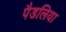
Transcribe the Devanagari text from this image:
पैडलिया